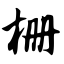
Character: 栅